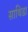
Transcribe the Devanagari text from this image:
साथिडा